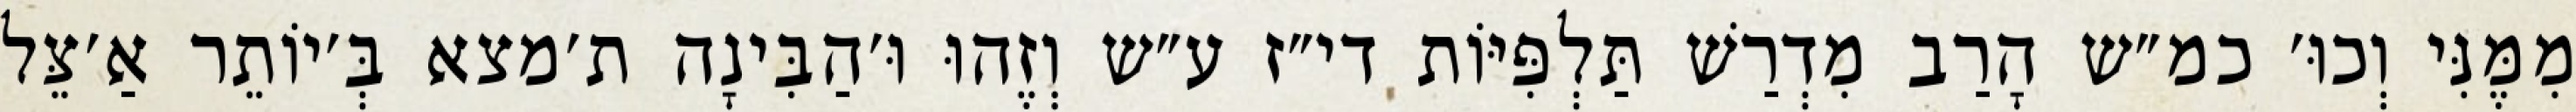
מִמֶּנִּי וְכוּ׳ כמ״ש הָרַב מִדְרַשׁ תַּלְפִּיּוֹת די״ז ע״ש וְזֶהוּ וּ׳הַבִּינָה ת׳מצא בְּ׳יוֹתֵר אַ׳צֵּל